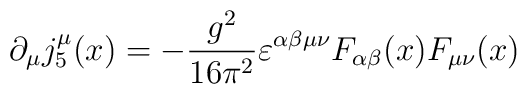
\partial _\mu j_5^\mu (x)= - \frac{g^2}{16\pi^2} \varepsilon ^{\alpha \beta \mu \nu } F_{\alpha \beta} (x) F_{\mu \nu}(x)